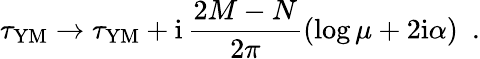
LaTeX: \tau_{\mathrm{YM}}\rightarrow\tau_{\mathrm{YM}}+\mathrm{i}\, \frac{2M-N}{2\pi}(\log\mu+2\mathrm{i}\alpha)~~.